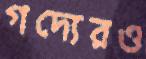
গদ্যেরও